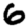
Digit: 6